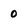
Character: 0